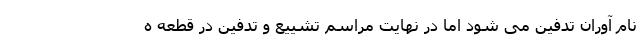
نام آوران تدفین می شود اما در نهایت مراسم تشییع و تدفین در قطعه ه